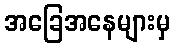
အခြေအနေများမှ